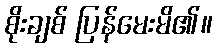
စိုးချစ် ပြန်မေးမိ၏။